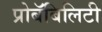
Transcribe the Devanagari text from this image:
प्रोबॅबिलिटी